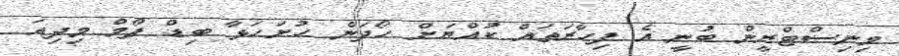
މިނިސްޓްރީން ބުނީ އެ ފިހާރަތައް ކުއްޔަށް ހޯދަން ހުށަހަޅާ ބިޑް ފޯމް މިދިއަ